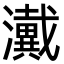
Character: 瀻